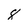
Character: 8